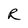
Character: R